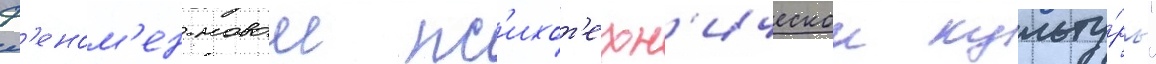
ф'еном'ен новои пс'ихот'ехн'ическои культу́ры"